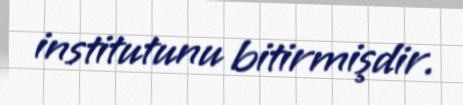
institutunu bitirmişdir.